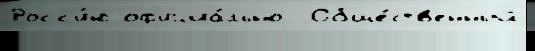
Росс'и́ю оф'ициа́льно  Обще́ств'енный